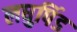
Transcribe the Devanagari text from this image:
लघुपिंड